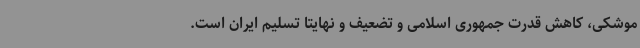
موشکی، کاهش قدرت جمهوری اسلامی و تضعیف و نهایتاً تسلیم ایران است.